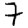
Digit: 7